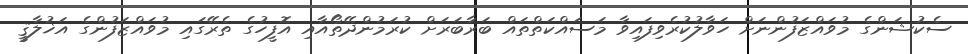
ސެކުޝަންގެ މުވައްޒަފުންނަށް ހަވާލުކުރެވިފައިވާ މަސައްކަތްތައް ބަރާބަރަށް ކުރަމުންދޭތޯއާއި އޮފީހުގެ ތެރޭގައި މުވައްޒަފުންގެ އަޚުލާޤީ